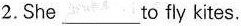
2.She___to fly kites.